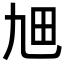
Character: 𤰙